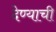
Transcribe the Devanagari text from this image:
देण्‍याची